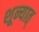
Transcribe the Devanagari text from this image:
शून्यात्